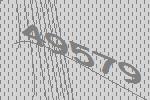
49579